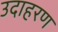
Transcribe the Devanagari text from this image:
उदाहरण